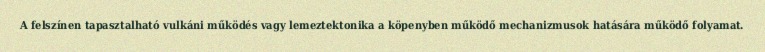
A felszínen tapasztalható vulkáni működés vagy lemeztektonika a köpenyben működő mechanizmusok hatására működő folyamat.